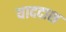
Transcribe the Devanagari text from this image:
याददाश